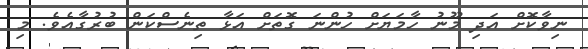
ނިވާކޮށް އަދި މޫނު ހާމަޔަށް ހުންނަ ގޮތަށް އަޅާ ތިނެސްކަން ބުރުގާއެވެ. މި